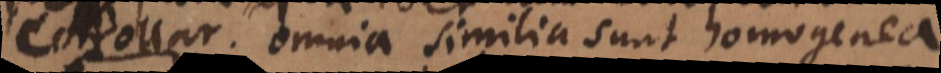
Omnia similia sunt homogenea.